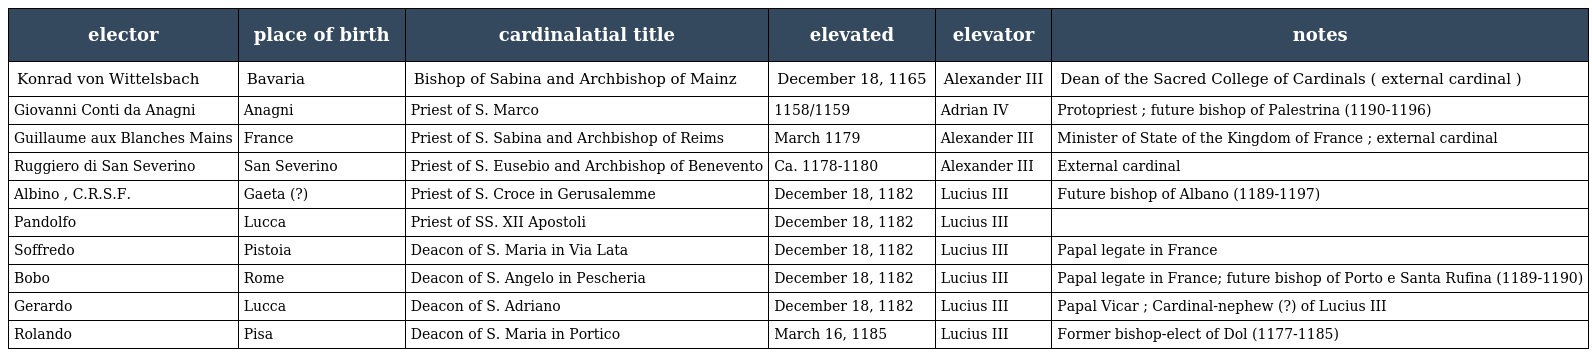
| elector | place of birth | cardinalatial title | elevated | elevator | notes |
 | --- | --- | --- | --- | --- | --- |
 | Konrad von Wittelsbach | Bavaria | Bishop of Sabina and Archbishop of Mainz | December 18, 1165 | Alexander III | Dean of the Sacred College of Cardinals ( external cardinal ) |
 | Giovanni Conti da Anagni | Anagni | Priest of S. Marco | 1158/1159 | Adrian IV | Protopriest ; future bishop of Palestrina (1190-1196) |
 | Guillaume aux Blanches Mains | France | Priest of S. Sabina and Archbishop of Reims | March 1179 | Alexander III | Minister of State of the Kingdom of France ; external cardinal |
 | Ruggiero di San Severino | San Severino | Priest of S. Eusebio and Archbishop of Benevento | Ca. 1178-1180 | Alexander III | External cardinal |
 | Albino , C.R.S.F. | Gaeta (?) | Priest of S. Croce in Gerusalemme | December 18, 1182 | Lucius III | Future bishop of Albano (1189-1197) |
 | Pandolfo | Lucca | Priest of SS. XII Apostoli | December 18, 1182 | Lucius III |  |
 | Soffredo | Pistoia | Deacon of S. Maria in Via Lata | December 18, 1182 | Lucius III | Papal legate in France |
 | Bobo | Rome | Deacon of S. Angelo in Pescheria | December 18, 1182 | Lucius III | Papal legate in France; future bishop of Porto e Santa Rufina (1189-1190) |
 | Gerardo | Lucca | Deacon of S. Adriano | December 18, 1182 | Lucius III | Papal Vicar ; Cardinal-nephew (?) of Lucius III |
 | Rolando | Pisa | Deacon of S. Maria in Portico | March 16, 1185 | Lucius III | Former bishop-elect of Dol (1177-1185) |